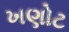
ખણોટ